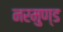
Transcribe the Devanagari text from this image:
नरमुण्ड